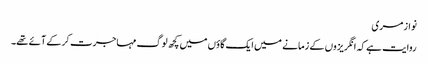
نواز مری
روایت ہے کہ انگریزوں کے زمانے میں ایک گاؤں میں کچھ لوگ مہاجرت کر کے آئے تھے۔